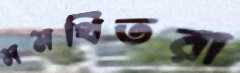
সমর্থিতরা